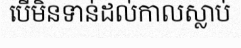
បើមិនទាន់ដល់កាលស្លាប់